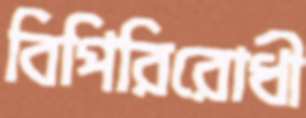
বিপিরিরোধী